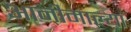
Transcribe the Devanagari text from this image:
आनीमाल्या